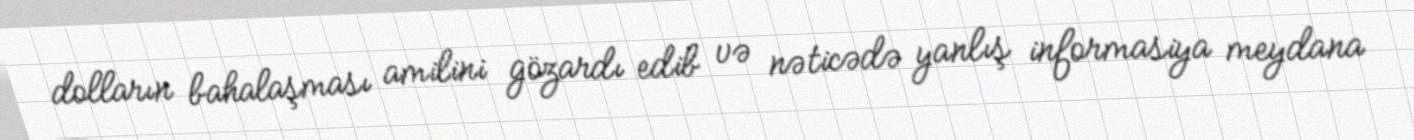
dolların bahalaşması amilini gözardı edib və nəticədə yanlış informasiya meydana